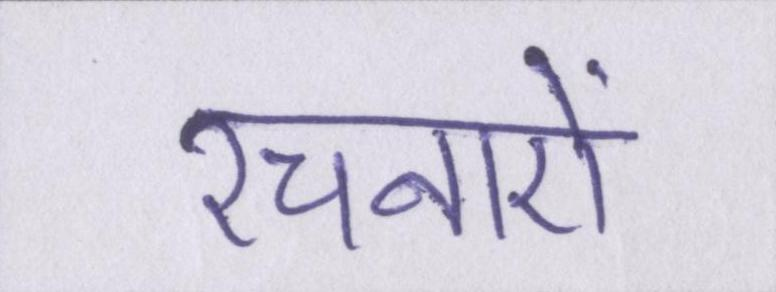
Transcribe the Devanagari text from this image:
रचनाऐं